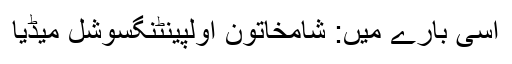
اسی بارے میں: شامخاتون اولپینٹنگسوشل میڈٰیا